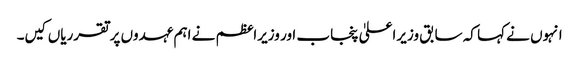
انہوں نے کہا کہ سابق وزیراعلیٰ پنجاب اور وزیراعظم نے اہم عہدوں پرتقرریاں کیں۔